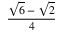
\frac { { \sqrt { 6 } } - { \sqrt { 2 } } } { 4 }